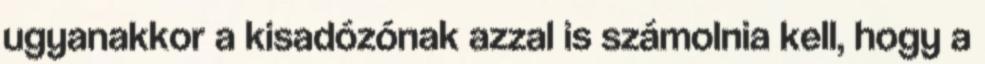
ugyanakkor a kisadózónak azzal is számolnia kell, hogy a